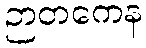
ဉာတကေန